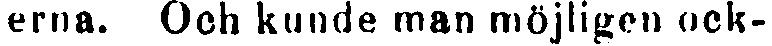
terna. Och kunde man möjligen ock-